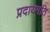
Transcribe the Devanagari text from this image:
प्रदायगति